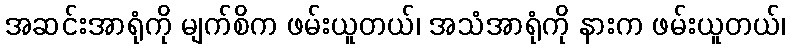
အဆင်းအာရုံကို မျက်စိက ဖမ်းယူတယ်၊ အသံအာရုံကို နားက ဖမ်းယူတယ်၊